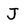
Character: J